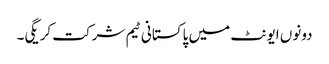
دونوں ایونٹ میں پاکستانی ٹیم شرکت کریگی۔